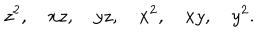
LaTeX: z ^ { 2 } , \quad x z , \quad y z , \quad x ^ { 2 } , \quad x y , \quad y ^ { 2 } .